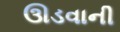
ઊડવાની